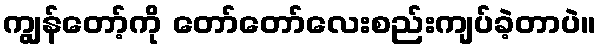
ကျွန်တော့်ကို တော်တော်လေးစည်းကျပ်ခဲ့တာပဲ။